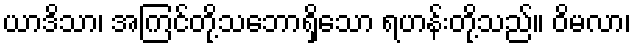
ယာဒိသာ၊ အကြင်တို့သဘောရှိသော ရဟန်းတို့သည်။ ဝိမလာ၊